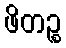
ဖိတဉ္စ